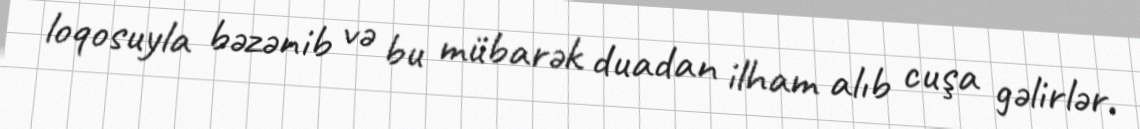
loqosuyla bəzənib və bu mübarək duadan ilham alıb cuşa gəlirlər.